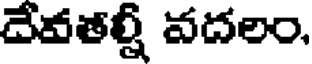
దేవతల్లీ వదలం,